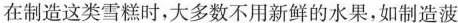
在制造这类雪糕时，大多数不用新鲜的水果，如制造菠